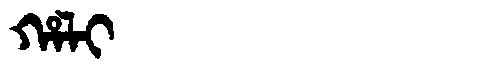
Manchu: ᡥᠠᠯᡳ
Romanization: HALI